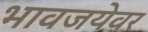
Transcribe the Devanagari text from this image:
भावजयेवर